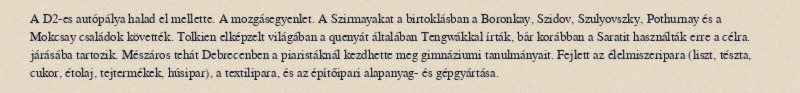
A D2-es autópálya halad el mellette. A mozgásegyenlet. A Szirmayakat a birtoklásban a Boronkay, Szidov, Szulyovszky, Pothurnay és a Mokcsay családok követték. Tolkien elképzelt világában a quenyát általában Tengwákkal írták, bár korábban a Saratit használták erre a célra. járásába tartozik. Mészáros tehát Debrecenben a piaristáknál kezdhette meg gimnáziumi tanulmányait. Fejlett az élelmiszeripara (liszt, tészta, cukor, étolaj, tejtermékek, húsipar), a textilipara, és az építőipari alapanyag- és gépgyártása.